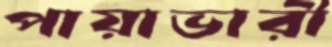
পায়াভারী